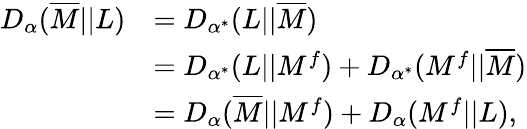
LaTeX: \begin{array}{rl}{D_{\alpha}(\overline{{M}}||L)}&{=D_{\alpha^{*}}(L||\overline{{M}})}\\ &{=D_{\alpha^{*}}(L||M^{f})+D_{\alpha^{*}}(M^{f}||\overline{{M}})}\\ &{=D_{\alpha}(\overline{{M}}||M^{f})+D_{\alpha}(M^{f}||L),}\end{array}